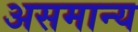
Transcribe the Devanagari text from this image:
असमान्‍य